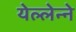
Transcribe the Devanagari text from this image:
येल्लेन्ने